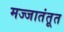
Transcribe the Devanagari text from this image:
मज्जातंतूत